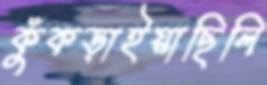
কুঁকড়াইয়াছিলি